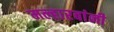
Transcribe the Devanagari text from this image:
मल्हारबांनी